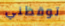
توقظني